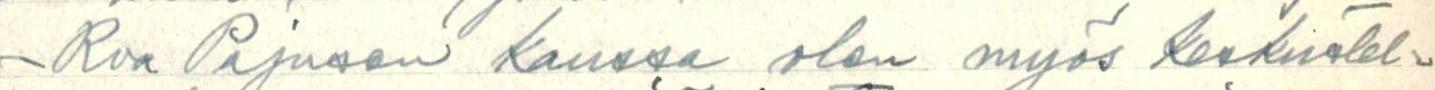
- Rva Pajusen kanssa olen myös keskustel-